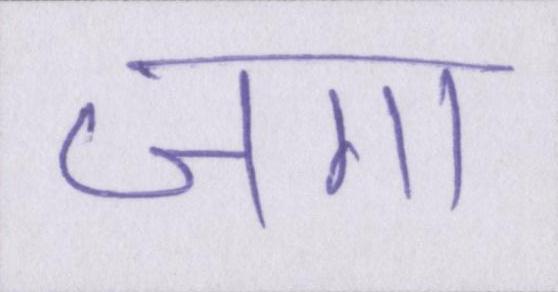
जगा